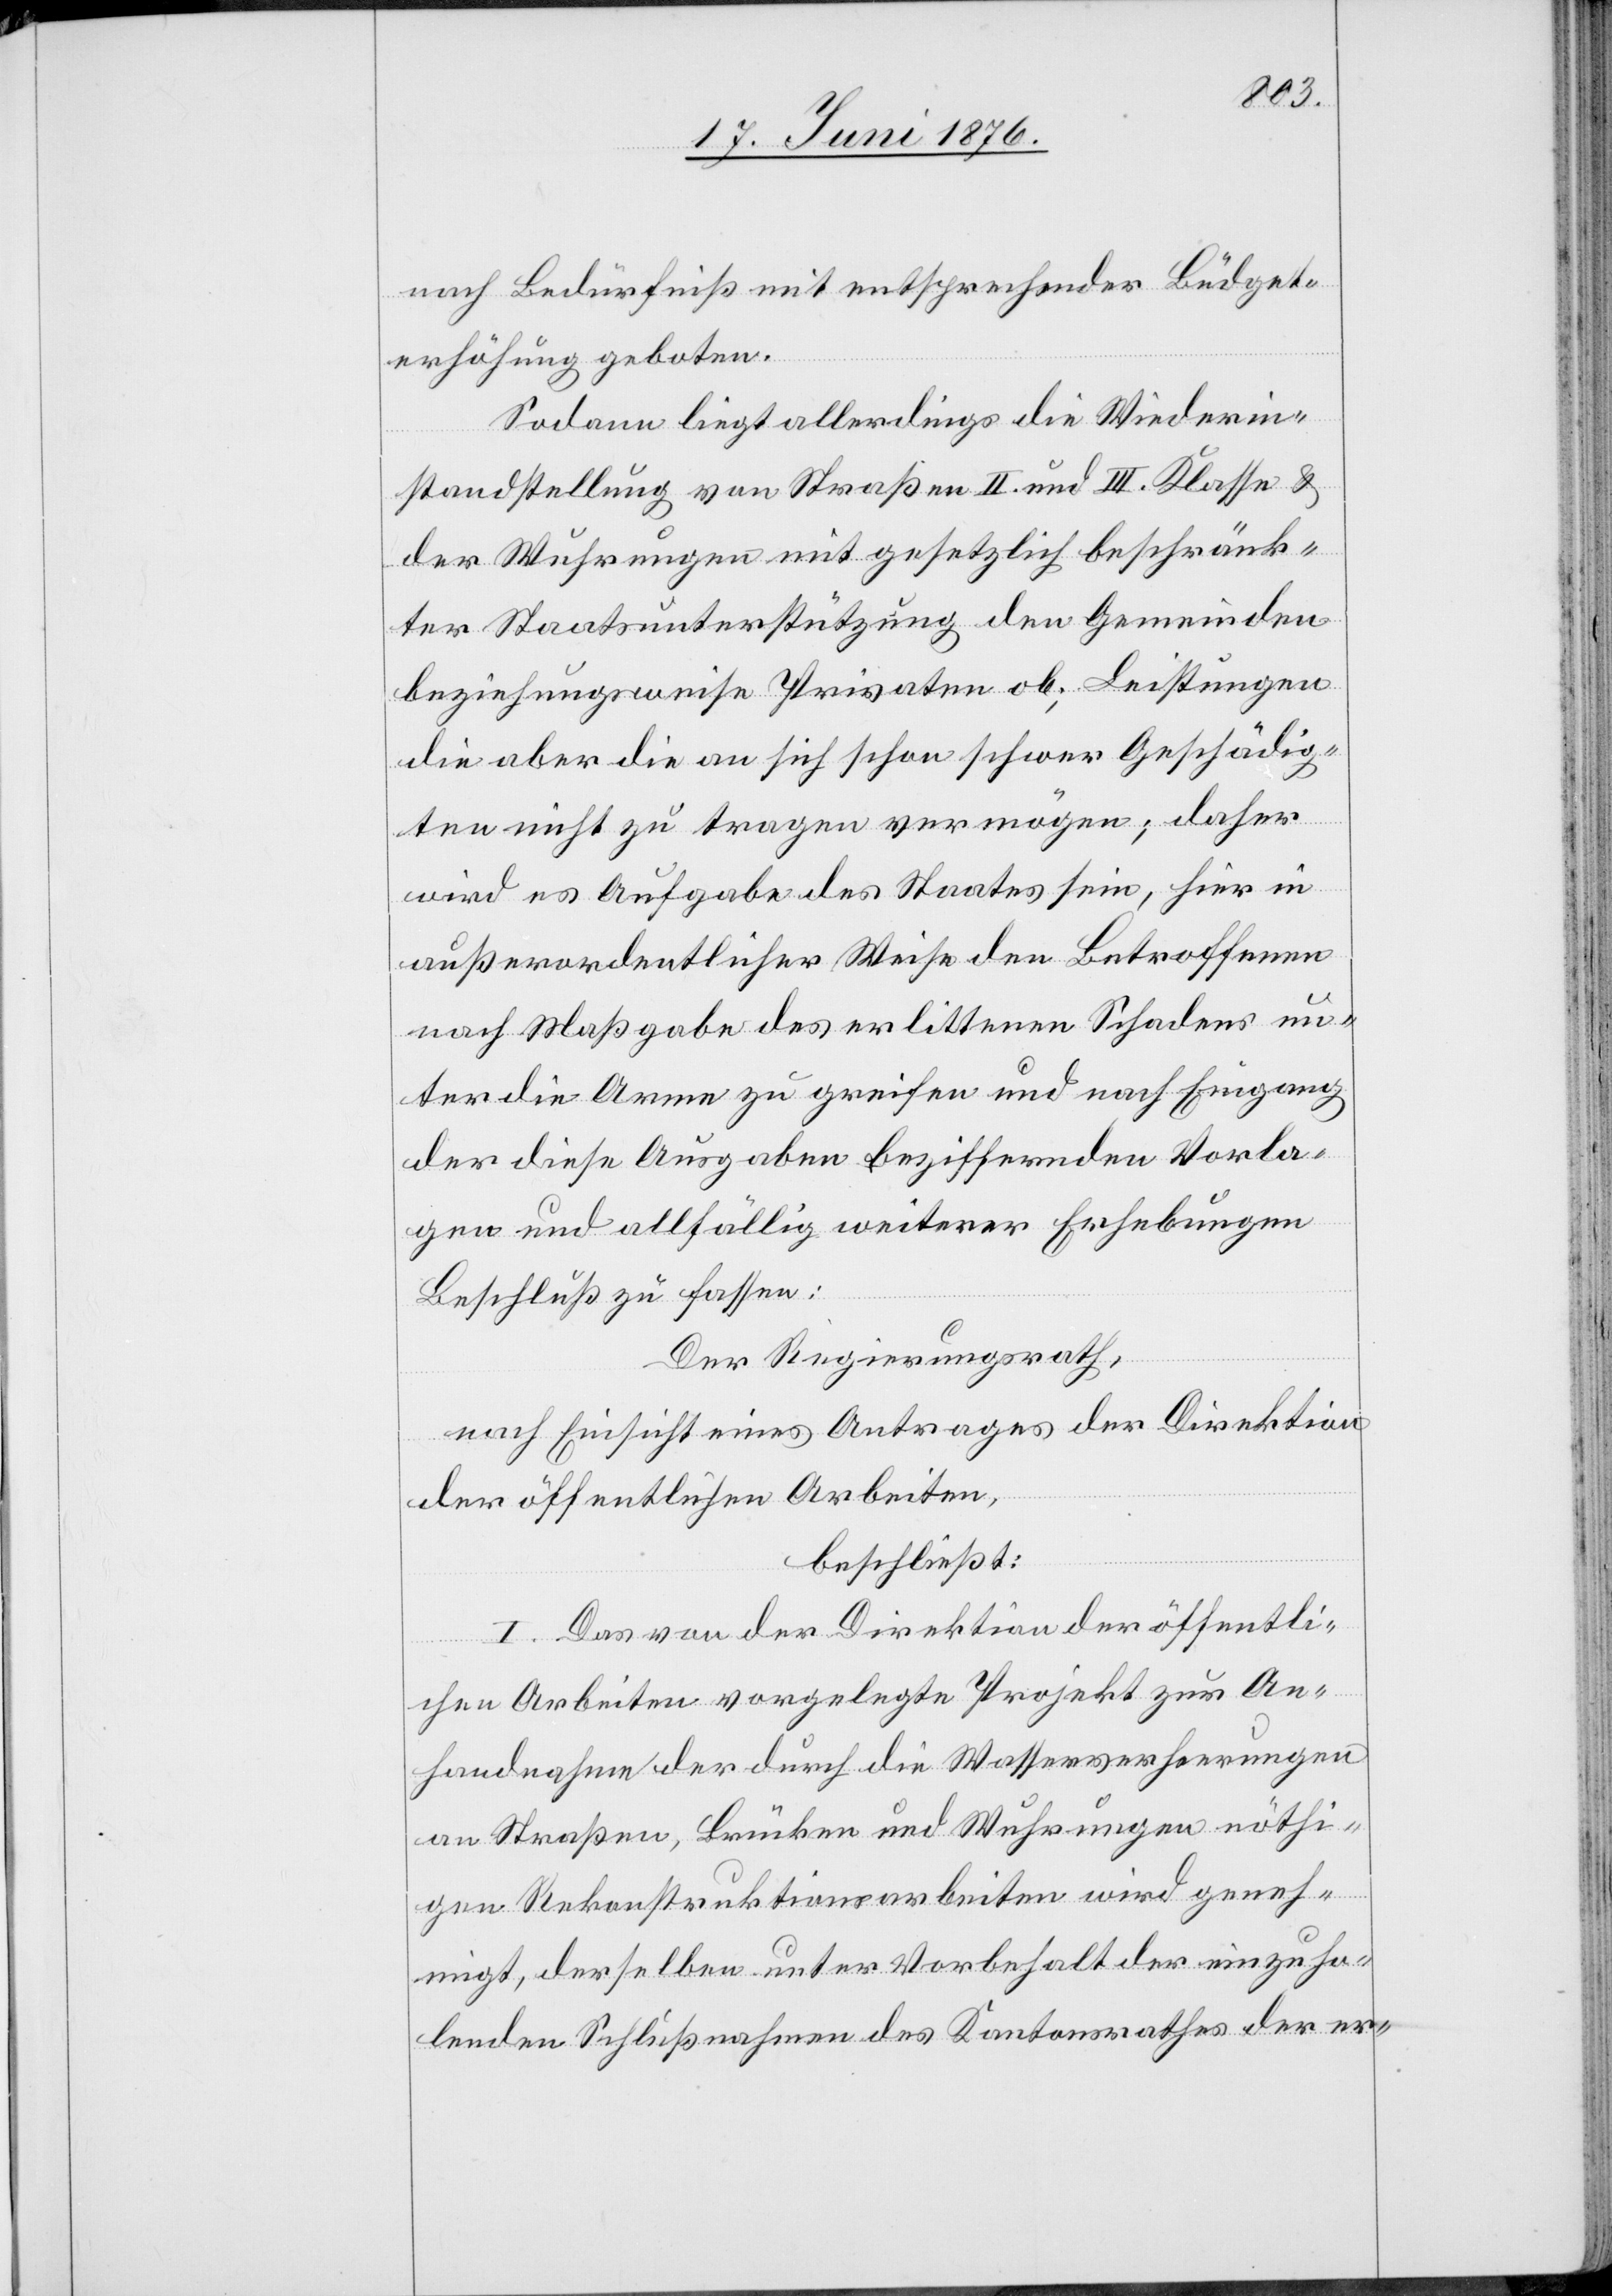
nach Bedürfniß mit entsprechender Büdget¬
erhöhung geboten.
Sodann liegt allerdings die Wiederin¬
standstellung von Straßen II. und III. Klasse &
der Wuhrungen mit gesetzlich beschränk¬
ter Staatsunterstützung den Gemeinden
beziehungsweise Privaten ob; Leistungen
die aber die an sich schon schwer Geschädig¬
ten nicht zu tragen vermögen; daher
wird es Aufgabe des Staates sein, hier in
außerordentlicher Weise den Betroffenen
nach Maßgabe des erlittenen Schadens un¬
ter die Arme zu greifen und nach Eingang
der diese Ausgaben beziffernden Vorla¬
gen und allfällig weiterer Erhebungen
Beschluß zu fassen:
Der Regierungsrath,
nach Einsicht eines Antrages der Direktion
der öffentlichen Arbeiten,
beschließt:
I. Das von der Direktion der öffentli¬
chen Arbeiten vorgelegte Projekt zur An¬
handnahme der durch die Wasserverheerungen
an Straßen, Brücken und Wuhrungen nöthi¬
gen Rekonstruktionsarbeiten wird geneh¬
migt, derselben unter Vorbehalt der einzuho¬
lenden Schlußnahmen des Kantonsrathes der er-